system: You are a helpful assistant.
user:
Analyze the provided spectrum to determine if it is a **M-type Giant (gM)**.

A M-type Giant spectrum is defined by its **strong molecular absorption** features, particularly from **Titanium Oxide (TiO)**. You must check for one of the following mutually exclusive signatures:

- **Key Visual Indicators (Absorption-Dominated Spectrum):**

    - **(Primary):** The spectrum is dominated by strong molecular absorption from **Titanium Oxide (TiO)**. This is the **defining feature** of its M-type temperature class.
        - **(Key Bandheads):** Look for sharp, "saw-tooth" absorption valleys. The strongest are located near **~7050 Å**, **~6160 Å**, and **~5170 Å**.
        - **(Line Profile):** The "saw-tooth" morphology is critical: a **sharp, steep drop on the BLUE (short-wavelength) side** of the bandhead, followed by a gradual recovery (rising flux) towards the RED (long-wavelength) side.

    - **(Key Confirmation - Giant vs. Dwarf):** **ABSENCE** of strong **Calcium Hydride (CaH)** molecular bands. This is the primary diagnostic for *excluding* M-dwarfs.
        - **(Key Region):** The spectrum should lack the strong, broad absorption band seen in dwarfs between **~6800 Å and ~7000 Å**.

    - **(Secondary Confirmation - Giant):** A very strong and broad **Neutral Calcium (Ca I)** atomic absorption line.
        - **(Key Line):** Located at **~4226 Å**. In a giant (gM), this line is significantly deeper and broader than the same line in an M-dwarf (dM) due to low surface gravity.

    - **(Overall Spectrum):**
        - The continuum is **extremely red-sloping** (i.e., flux is very low in the blue and rises dramatically towards the red).
        - The entire spectrum appears "chopped up" by the deep TiO bands.

Think first, call **spectral_visualization_tool** if needed to examine features in detail, then provide your final answer. Your response must adhere to the following strict rules:
1.  **Overall Structure:** Your response must follow the format `<think>...</think> <tool_call>...</tool_call> (if a tool is used) <answer>...</answer>`.
2.  **Tool Usage Constraint:** You may only make **one** tool call per turn.
3.  **Final Answer Format:** In the `<answer>` tag, your conclusion must be inside a `\boxed{}` command (e.g., `\boxed{YES}` or `\boxed{NO}`), followed by your justification.

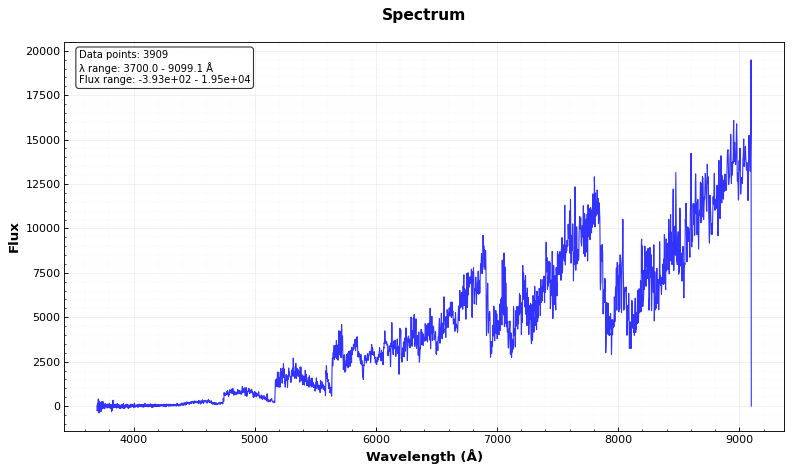
Answer: NO